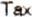
TAX